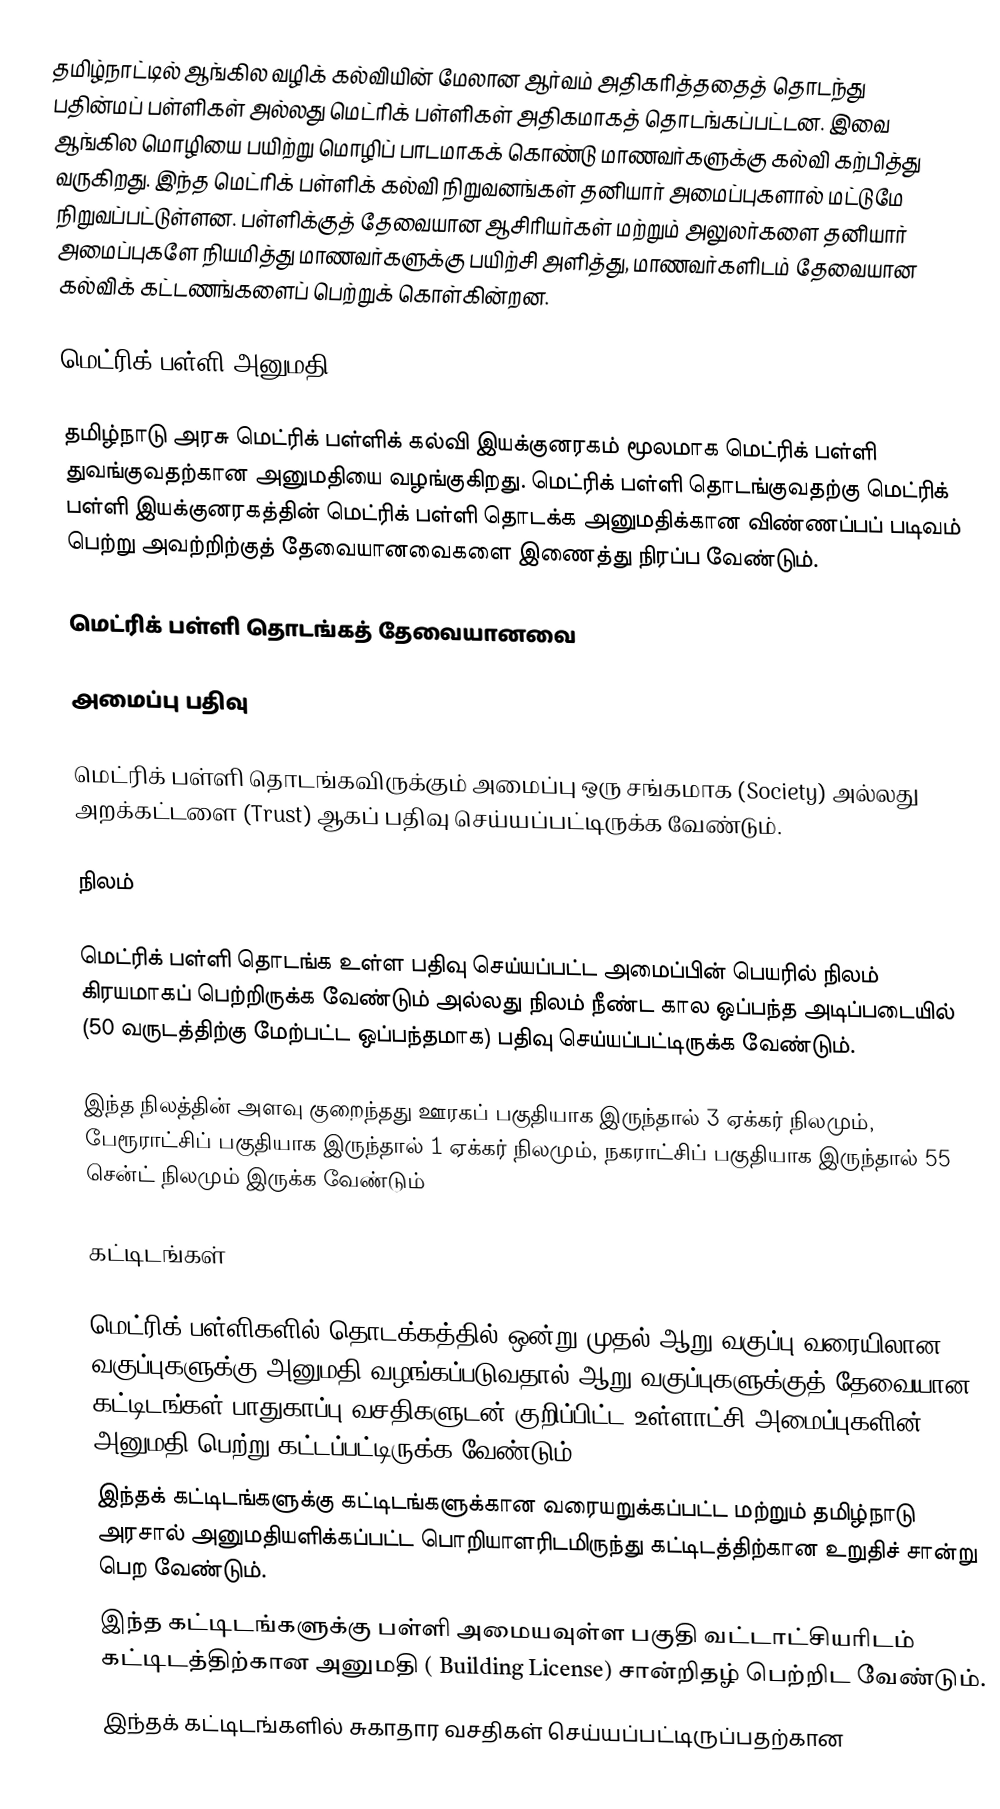
தமிழ்நாட்டில் ஆங்கில வழிக் கல்வியின் மேலான ஆர்வம் அதிகரித்ததைத் தொடந்து பதின்மப் பள்ளிகள் அல்லது மெட்ரிக் பள்ளிகள் அதிகமாகத் தொடங்கப்பட்டன. இவை ஆங்கில மொழியை பயிற்று மொழிப் பாடமாகக் கொண்டு மாணவர்களுக்கு கல்வி கற்பித்து வருகிறது. இந்த மெட்ரிக் பள்ளிக் கல்வி நிறுவனங்கள் தனியார் அமைப்புகளால் மட்டுமே நிறுவப்பட்டுள்ளன. பள்ளிக்குத் தேவையான ஆசிரியர்கள் மற்றும் அலுலர்களை தனியார் அமைப்புகளே நியமித்து மாணவர்களுக்கு பயிற்சி அளித்து, மாணவர்களிடம் தேவையான கல்விக் கட்டணங்களைப் பெற்றுக் கொள்கின்றன.

மெட்ரிக் பள்ளி அனுமதி

தமிழ்நாடு அரசு  மெட்ரிக் பள்ளிக் கல்வி இயக்குனரகம் மூலமாக மெட்ரிக் பள்ளி துவங்குவதற்கான அனுமதியை வழங்குகிறது. மெட்ரிக் பள்ளி தொடங்குவதற்கு மெட்ரிக் பள்ளி இயக்குனரகத்தின் மெட்ரிக் பள்ளி தொடக்க அனுமதிக்கான விண்ணப்பப் படிவம் பெற்று அவற்றிற்குத் தேவையானவைகளை இணைத்து நிரப்ப வேண்டும்.

மெட்ரிக் பள்ளி தொடங்கத் தேவையானவை

அமைப்பு பதிவு

மெட்ரிக் பள்ளி தொடங்கவிருக்கும் அமைப்பு ஒரு சங்கமாக (Society) அல்லது அறக்கட்டளை (Trust)  ஆகப் பதிவு செய்யப்பட்டிருக்க வேண்டும்.

நிலம்

மெட்ரிக் பள்ளி தொடங்க உள்ள பதிவு செய்யப்பட்ட அமைப்பின் பெயரில் நிலம் கிரயமாகப் பெற்றிருக்க வேண்டும் அல்லது நிலம் நீண்ட கால ஒப்பந்த அடிப்படையில் (50 வருடத்திற்கு மேற்பட்ட ஒப்பந்தமாக) பதிவு செய்யப்பட்டிருக்க வேண்டும்.

இந்த நிலத்தின் அளவு குறைந்தது ஊரகப் பகுதியாக இருந்தால் 3 ஏக்கர் நிலமும், பேரூராட்சிப் பகுதியாக இருந்தால் 1 ஏக்கர் நிலமும், நகராட்சிப் பகுதியாக இருந்தால் 55 சென்ட் நிலமும் இருக்க வேண்டும்

கட்டிடங்கள்

 மெட்ரிக் பள்ளிகளில் தொடக்கத்தில் ஒன்று முதல் ஆறு வகுப்பு வரையிலான வகுப்புகளுக்கு அனுமதி வழங்கப்படுவதால் ஆறு வகுப்புகளுக்குத் தேவையான கட்டிடங்கள் பாதுகாப்பு வசதிகளுடன் குறிப்பிட்ட உள்ளாட்சி அமைப்புகளின் அனுமதி பெற்று கட்டப்பட்டிருக்க வேண்டும்.
 இந்தக் கட்டிடங்களுக்கு கட்டிடங்களுக்கான வரையறுக்கப்பட்ட மற்றும் தமிழ்நாடு அரசால் அனுமதியளிக்கப்பட்ட பொறியாளரிடமிருந்து கட்டிடத்திற்கான உறுதிச் சான்று பெற வேண்டும்.
 இந்த கட்டிடங்களுக்கு பள்ளி அமையவுள்ள பகுதி வட்டாட்சியரிடம் கட்டிடத்திற்கான அனுமதி ( Building License) சான்றிதழ் பெற்றிட வேண்டும்.
 இந்தக் கட்டிடங்களில் சுகாதார வசதிகள் செய்யப்பட்டிருப்பதற்கான